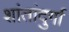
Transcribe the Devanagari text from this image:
शांतांदुर्गा